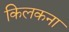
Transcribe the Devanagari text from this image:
किलकना